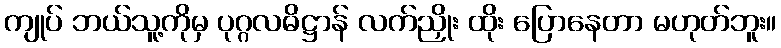
ကျုပ် ဘယ်သူ့ကိုမှ ပုဂ္ဂလဓိဋ္ဌာန် လက်ညှိုး ထိုး ပြောနေတာ မဟုတ်ဘူး။